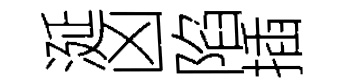
涎凶陷插